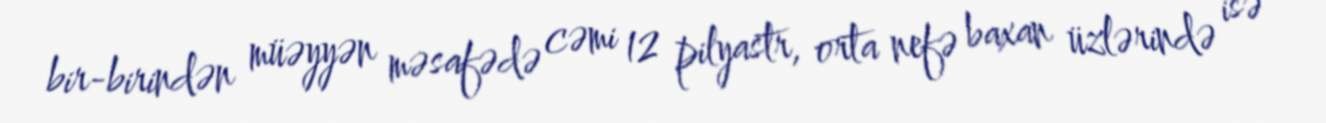
bir-birindən müəyyən məsafədə cəmi 12 pilyastr, orta nefə baxan üzlərində isə